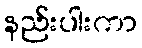
နည်းပါးကာ